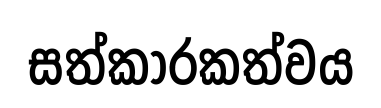
සත්කාරකත්වය